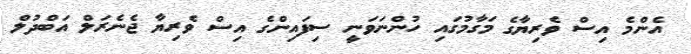
އެންމެ އިސް ވެރިޔާގެ މަގާމުގައި ހުންނަވަނީ ސިފައިންގެ އިސް ވެރިޔާ ޖެނެރަލް އަބްދުލް